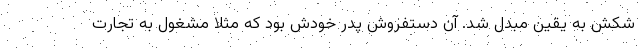
شکش به یقین مبدل شد. آن دستفروش پدر خودش بود که مثلاً مشغول به تجارت